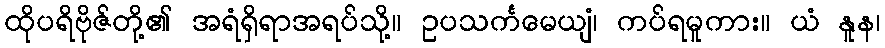
ထိုပရိဗိုဇ်တို့၏ အရံရှိရာအရပ်သို့။ ဥပသင်္ကမေယျံ၊ ကပ်ရမူကား။ ယံ နူန၊